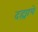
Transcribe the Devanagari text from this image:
दह्याचे